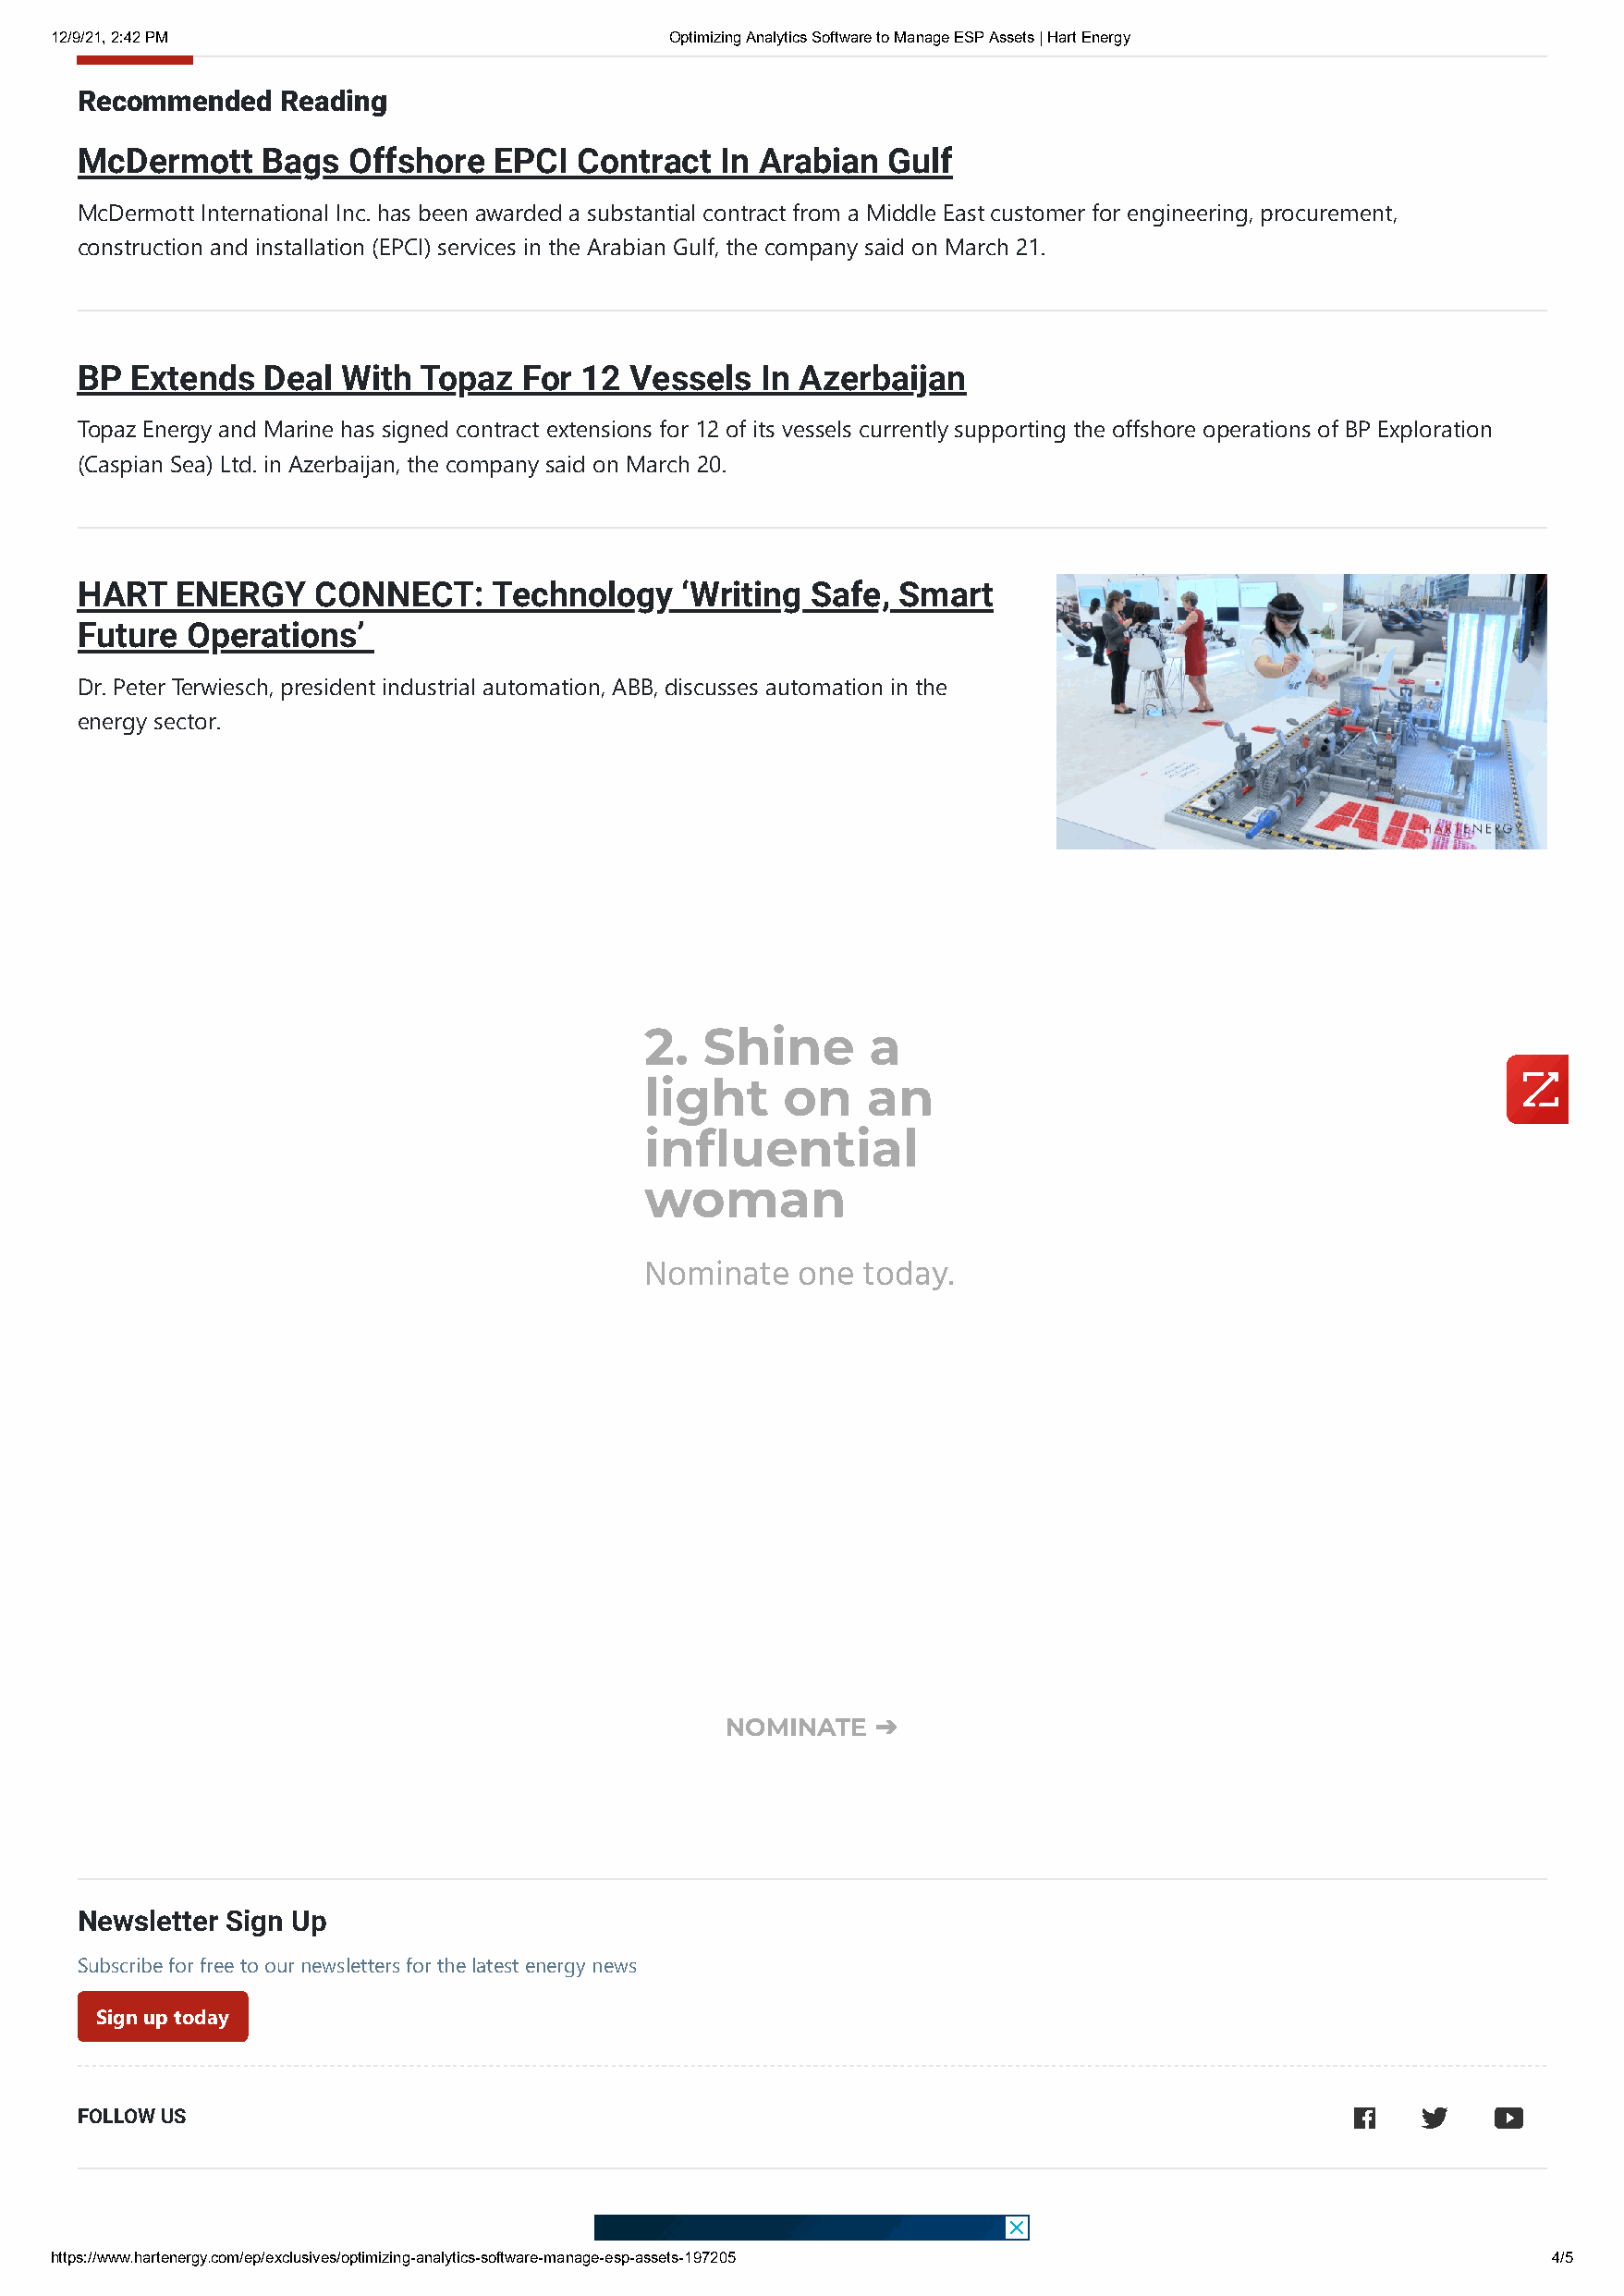
12/9/21, 2:42 PM                            Optimizing Analytics Software to Manage ESP Assets | Hart Energy
 Recommended   Reading
 McDermott    Bags  Offshore  EPCI  Contract   In Arabian  Gulf
 McDermott International Inc. has been awarded a substantial contract from a Middle East customer for engineering, procurement,
 construction and installation (EPCI) services in the Arabian Gulf, the company said on March 21.
 BP Extends   Deal With  Topaz  For  12 Vessels  In Azerbaijan
 Topaz Energy and Marine has signed contract extensions for 12 of its vessels currently supporting the offshore operations of BP Exploration
 (Caspian Sea) Ltd. in Azerbaijan, the company said on March 20.
 HART   ENERGY    CONNECT:    Technology    ‘Writing Safe, Smart
 Future Operations’
 Dr. Peter Terwiesch, president industrial automation, ABB, discusses automation in the
 energy sector.
 2.  Shine       a
 light     on    an
 inuential
 woman
 Nominate   one  today.
 NOMINATE   ➔
 Newsletter Sign Up
 Subscribe for free to our newsletters for the latest energy news
 Sign up today
 FOLLOW US                                                                                          
 https://www.hartenergy.com/ep/exclusives/optimizing-analytics-software-manage-esp-assets-197205            4/5